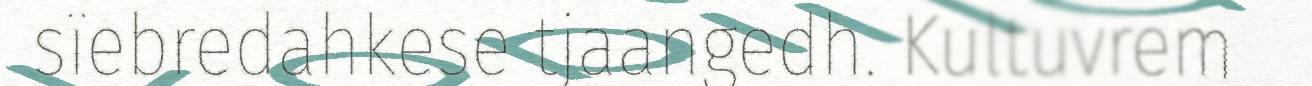
sïebredahkese tjaangedh. Kultuvrem